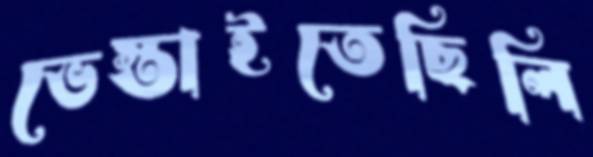
ভেস্তাইতেছিলি